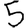
Digit: 5